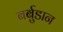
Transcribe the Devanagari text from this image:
बर्बुडान